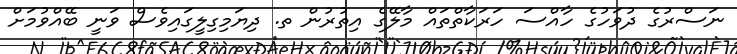
ނަސްރުގެ ދުވަހުގެ ހާއްސަ ހަރަކާތްތައް މާލޭގެ އިތުރުން ތ. ދިޔަމިގިލީގައިވެސް ވަނީ ބޭއްވުމަށް